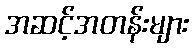
အဆင့်အတန်းများ